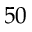
5 0